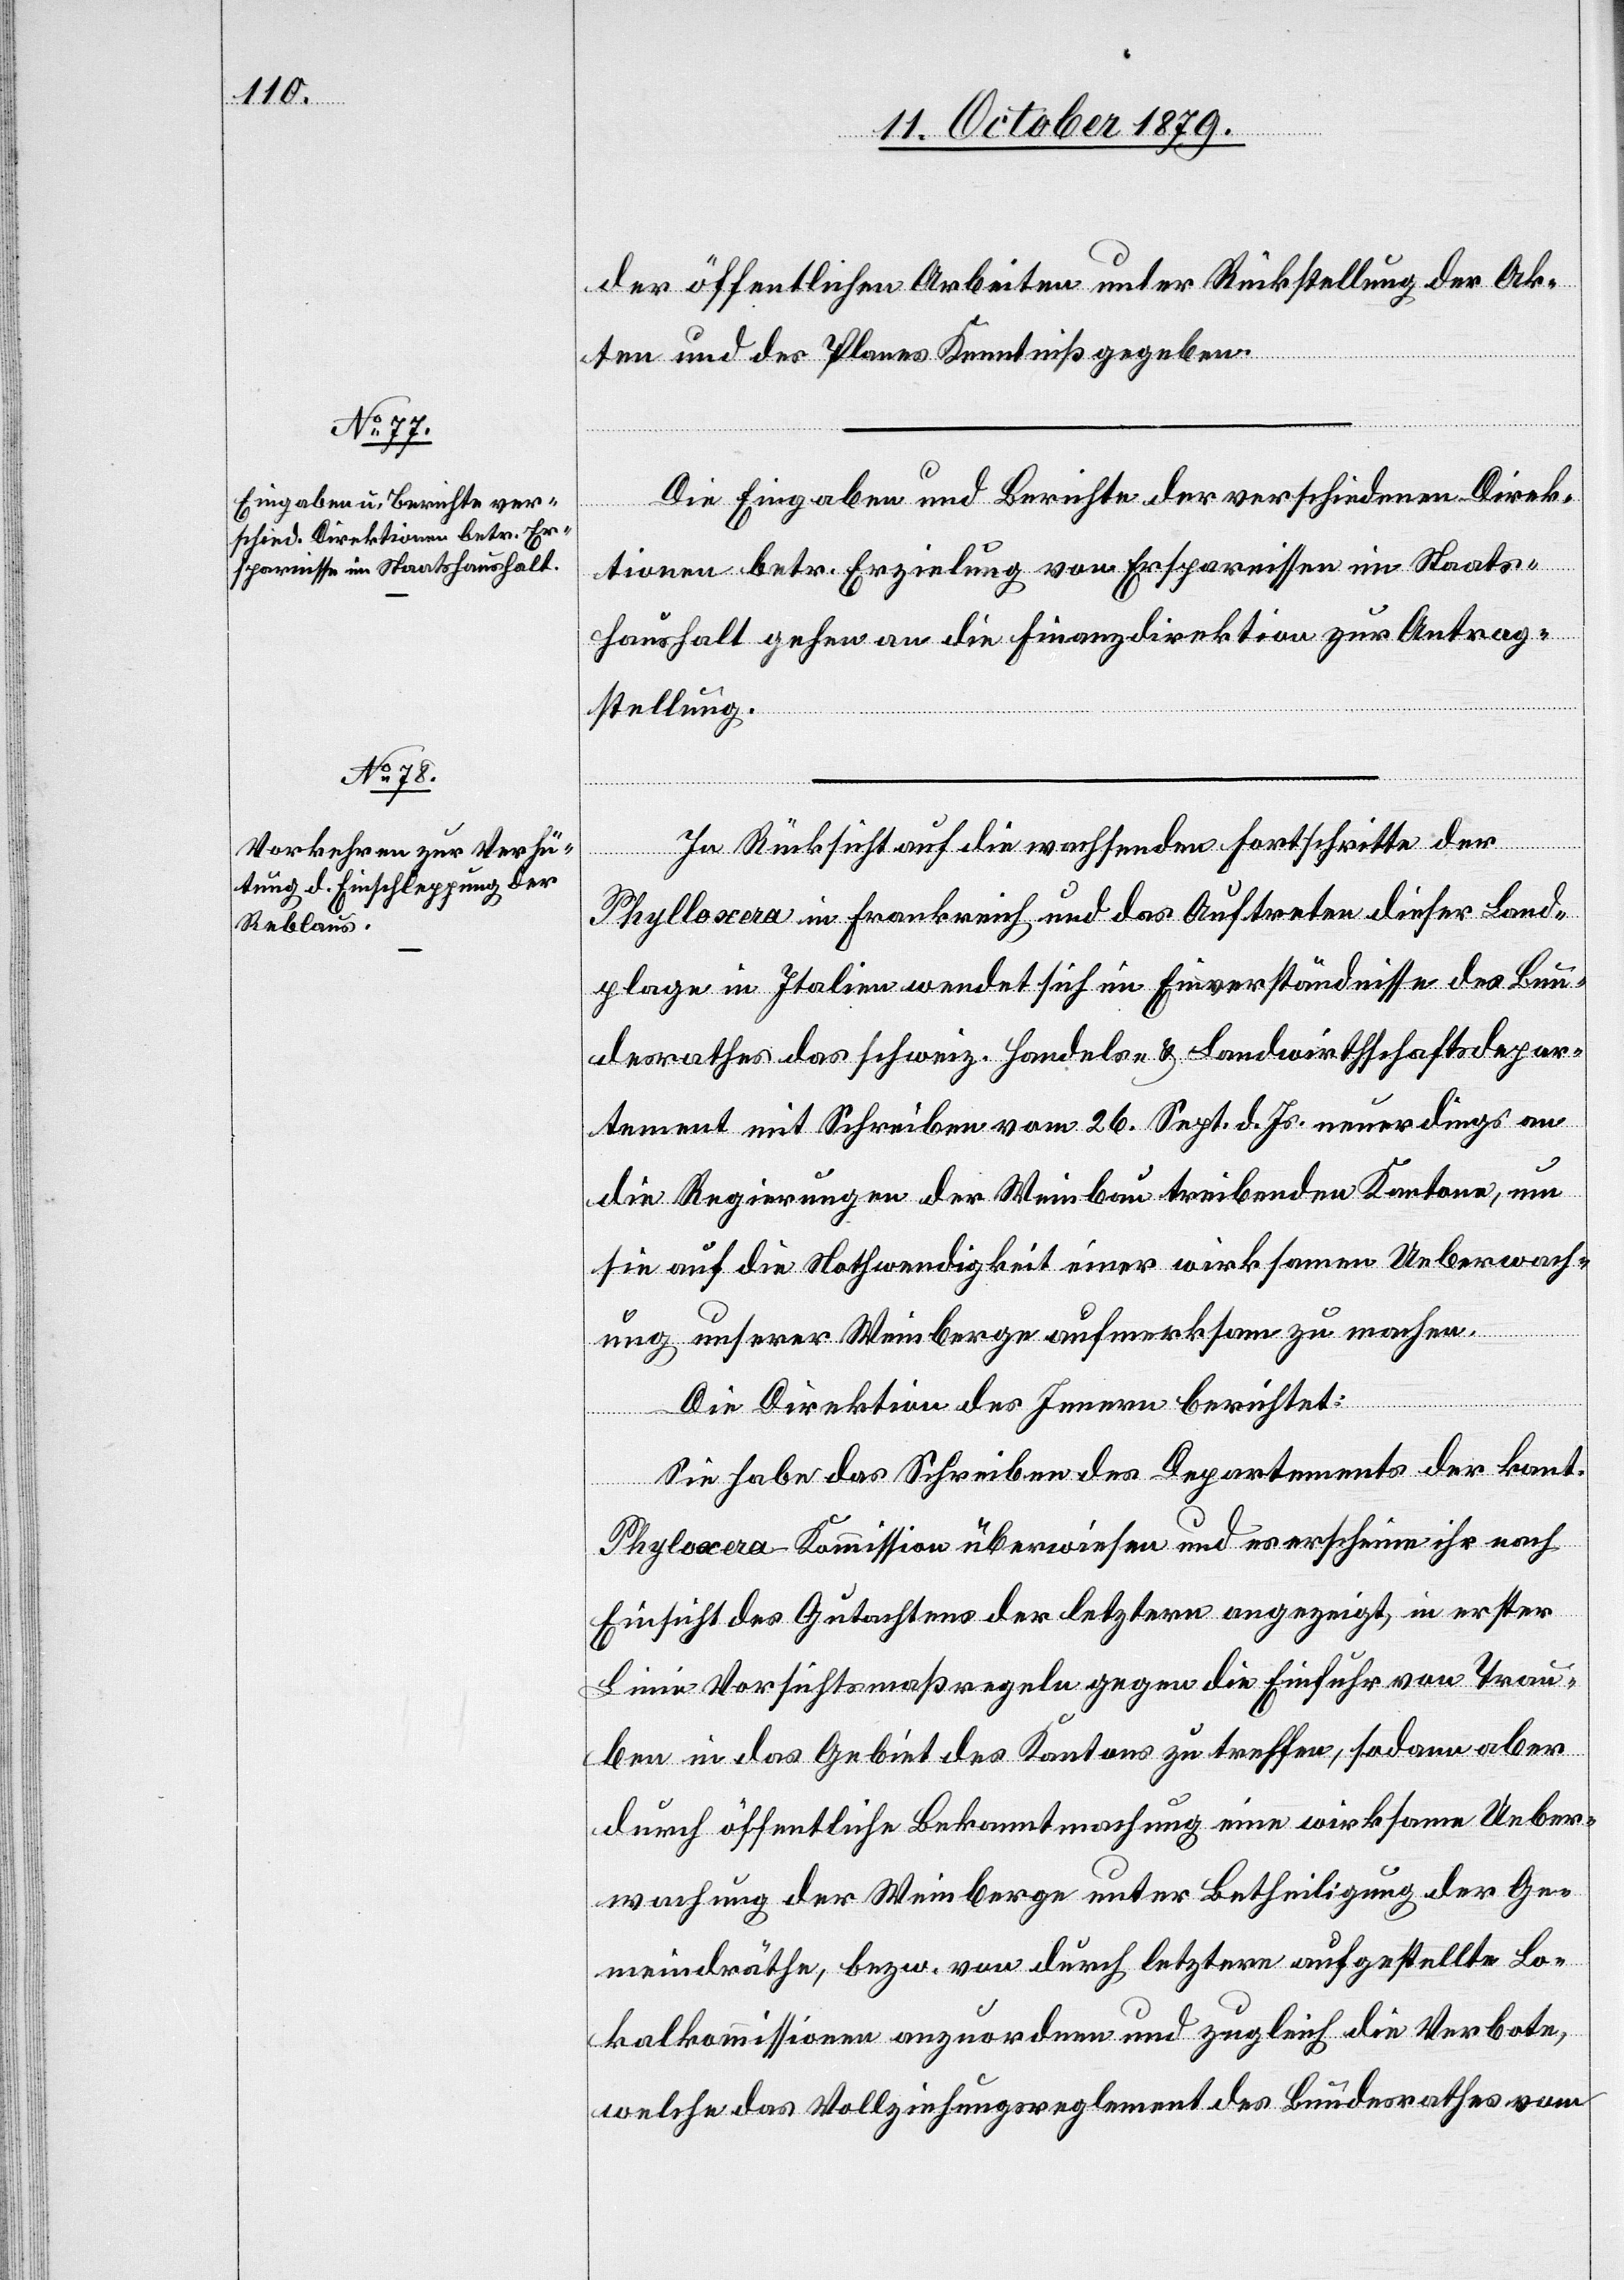
der öffentlichen Arbeiten unter Rückstellung der Ak¬
ten und des Planes Kenntniß gegeben.
Die Eingaben und Berichte der verschiedenen Direk¬
tionen betr. Erzielung von Ersparnissen im Staats¬
haushalt gehen an die Finanzdirektion zur Antrag¬
stellung.
In Rücksicht auf die wachsenden Fortschritte der
Phylloxera in Frankreich und das Auftreten dieser Land¬
plage in Italien wendet sich im Einverständnisse des Bun¬
desrathes das schweiz. Handels- & Landwirthschaftsdepar¬
tement mit Schreiben vom 26. Sept. d. Js neuerdings an
die Regierungen der Weinbau treibenden Kantone, um
sie auf die Nothwendigkeit einer wirksamen Ueberwach¬
ung unserer Weinberge aufmerksam zu machen.
Die Direktion des Inneren berichtet:
Sie habe das Schreiben des Departements der kant.
Phyloxera-Kommission überwiesen und es erscheine ihr nach
Einsicht des Gutachtens der letztern angezeigt, in erster
Linie Vorsichtsmaßregeln gegen die Einfuhr von Trau¬
ben in das Gebiet des Kantons zu treffen, sodann aber
durch öffentliche Bekanntmachung eine wirksame Ueber¬
wachung der Weinberge unter Betheiligung der Ge¬
meindräthe, bezw. von durch letztere aufgestellte Lo¬
kalkommission anzuordnen und zugleich die Verbote,
welche das Vollziehungsreglement des Bundesrathes vom